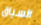
السياق